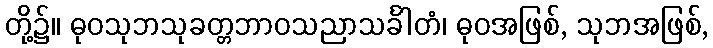
တို့၌။ ဓုဝသုဘသုခတ္တဘာဝသညာသင်္ခါတံ၊ ဓုဝအဖြစ်, သုဘအဖြစ်,